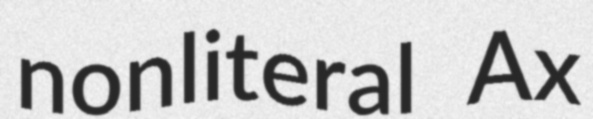
nonliteral Ax